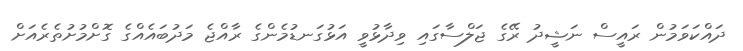
ދައްކަވަމުން ރައީސް ނަޝީދު ރޭގެ ޖަލްސާގައި ވިދާޅުވީ އަޅުގަނޑުމެންގެ ރާއްޖެ މަދުބައެއްގެ ގޮށްމުށުތެރެއަށް